Problem: 9 × 6 = ?
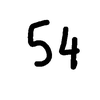
Handwritten answer: 54